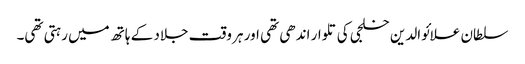
سلطان علائوالدین خلجی کی تلوار اندھی تھی اور ہر وقت جلاد کے ہاتھ میں رہتی تھی۔